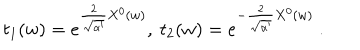
t _ { 1 } ( w ) = e ^ { \frac { 2 } { \sqrt { \alpha ^ { \prime } } } X ^ { 0 } ( w ) } , \ t _ { 2 } ( w ) = e ^ { - \frac { 2 } { \sqrt { \alpha ^ { \prime } } } X ^ { 0 } ( w ) } \ .